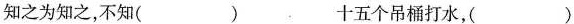
知之为知之，不知( ) 十五个吊桶打水，( )